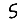
Digit: 5